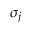
\sigma _ { j }